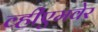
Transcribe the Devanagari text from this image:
व्हीएमवेर